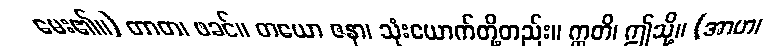
မေး၏။) တာတ၊ ဖခင်။ တယော ဇနာ၊ သုံးယောက်တို့တည်း။ ဣတိ၊ ဤသို့။ (အာဟ၊